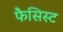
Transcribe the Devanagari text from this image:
फैसिस्ट